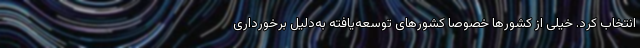
انتخاب کرد. خیلی از کشورها خصوصا کشورهای توسعه‌یافته به‌دلیل برخورداری